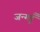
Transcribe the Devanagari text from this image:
जन्ग्लूँ